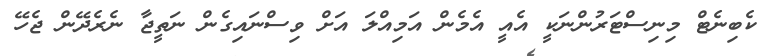
ކެބިނެޓް މިނިސްޓަރުންނަކީ އެއީ އެމެން އަމިއްލަ އަށް ވިސްނައިގެން ނަތީޖާ ނެރެދޭން ޖެހޭ